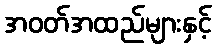
အဝတ်အထည်များနှင့်